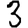
Digit: 3